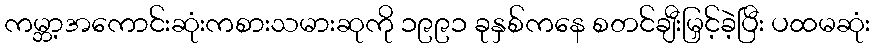
ကမ္ဘာ့အကောင်းဆုံးကစားသမားဆုကို ၁၉၉၁ ခုနှစ်ကနေ စတင်ချီးမြှင့်ခဲ့ပြီး ပထမဆုံး